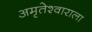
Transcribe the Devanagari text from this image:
अमृतेश्वाराला